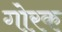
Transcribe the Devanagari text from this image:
गोरक